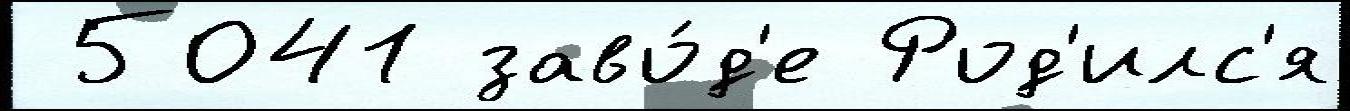
 5041 заво́д'е Род'илс'я